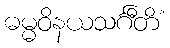
ဓမ္မဝိနယသင်္ဂီတိံ